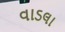
વાડલા